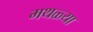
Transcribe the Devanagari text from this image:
मथळ्या